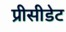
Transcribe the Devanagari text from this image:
प्रीसीडेट